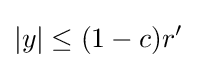
|y|\leq (1-c)r'